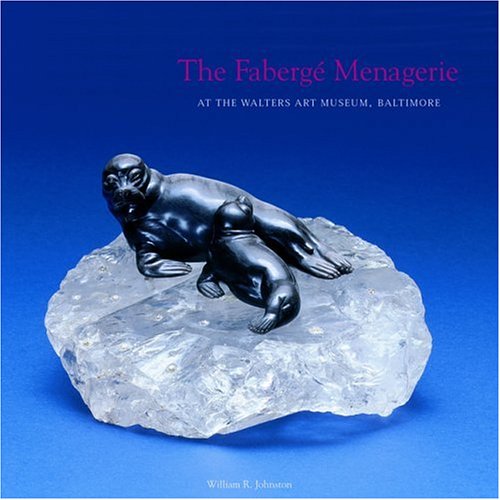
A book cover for The FabergÃ© Menagerie; William R. Johnston; Crafts, Hobbies & Home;